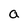
Character: a